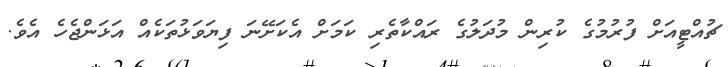
ޗުއްޓީއަށް ފުރުމުގެ ކުރިން މުދަލުގެ ރައްކާތެރި ކަމަށް އެކަށޭނަ ފިޔަވަޅުތަކެއް އަޅަންޖެހެ އެވެ.